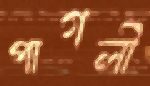
পাগলী